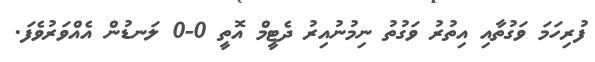
ފުރިހަމަ ވަގުތާއި އިތުރު ވަގުތު ނިމުނުއިރު ދެޓީމް އޮތީ 0-0 ލަނޑުން އެއްވަރުވެފަ.